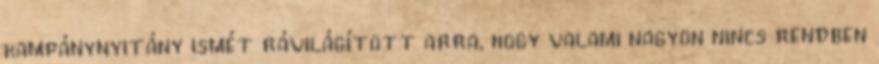
kampánynyitány ismét rávilágított arra, hogy valami nagyon nincs rendben